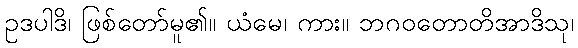
ဥဒပါဒိ၊ ဖြစ်တော်မူ၏။ ယံမေ၊ ကား။ ဘဂဝတောတိအာဒိသု၊